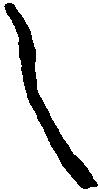
之